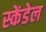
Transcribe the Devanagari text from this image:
स्केंडेल